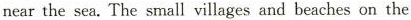
nearthe sea.The small villages and beaches on the